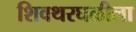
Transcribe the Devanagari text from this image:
शिवथरघळीला